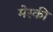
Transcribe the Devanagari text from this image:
मेस्की